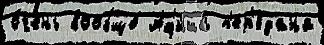
о́чень вообще́ Аф'и́ша п'ер'едана